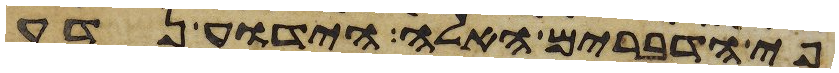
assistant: פי הדברים האלה היודע נדע